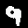
Label: 9